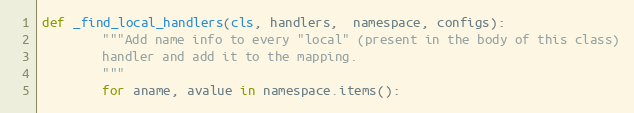
Language: Python
def _find_local_handlers(cls, handlers,  namespace, configs):
        """Add name info to every "local" (present in the body of this class)
        handler and add it to the mapping.
        """
        for aname, avalue in namespace.items():